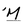
Character: M